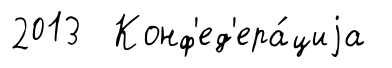
2013 Конф'ед'ера́циjа